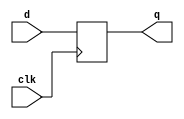
module d_flip_flops
(
	input clk,
	input d,
	output reg q
);
	always @ (negedge clk)
		q <= d;
endmodule